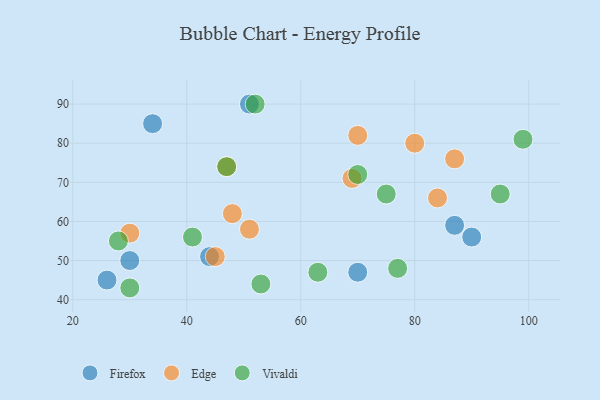
{"axis": {"x": "GDP", "y": "Life Expectancy"}, "legend": ["Edge", "Firefox", "Vivaldi"], "data": [{"x": "34", "y": 85, "type": "Firefox"}, {"x": "26", "y": 45, "type": "Firefox"}, {"x": "87", "y": 59, "type": "Firefox"}, {"x": "44", "y": 51, "type": "Firefox"}, {"x": "30", "y": 50, "type": "Firefox"}, {"x": "51", "y": 90, "type": "Firefox"}, {"x": "70", "y": 47, "type": "Firefox"}, {"x": "90", "y": 56, "type": "Firefox"}, {"x": "51", "y": 58, "type": "Edge"}, {"x": "80", "y": 80, "type": "Edge"}, {"x": "45", "y": 51, "type": "Edge"}, {"x": "84", "y": 66, "type": "Edge"}, {"x": "70", "y": 82, "type": "Edge"}, {"x": "87", "y": 76, "type": "Edge"}, {"x": "69", "y": 71, "type": "Edge"}, {"x": "48", "y": 62, "type": "Edge"}, {"x": "30", "y": 57, "type": "Edge"}, {"x": "47", "y": 74, "type": "Edge"}, {"x": "53", "y": 44, "type": "Vivaldi"}, {"x": "63", "y": 47, "type": "Vivaldi"}, {"x": "77", "y": 48, "type": "Vivaldi"}, {"x": "70", "y": 72, "type": "Vivaldi"}, {"x": "75", "y": 67, "type": "Vivaldi"}, {"x": "99", "y": 81, "type": "Vivaldi"}, {"x": "41", "y": 56, "type": "Vivaldi"}, {"x": "52", "y": 90, "type": "Vivaldi"}, {"x": "30", "y": 43, "type": "Vivaldi"}, {"x": "95", "y": 67, "type": "Vivaldi"}, {"x": "28", "y": 55, "type": "Vivaldi"}, {"x": "47", "y": 74, "type": "Vivaldi"}]}